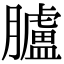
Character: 臚